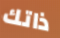
ذاتك